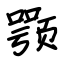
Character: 颚